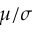
\mu / \sigma